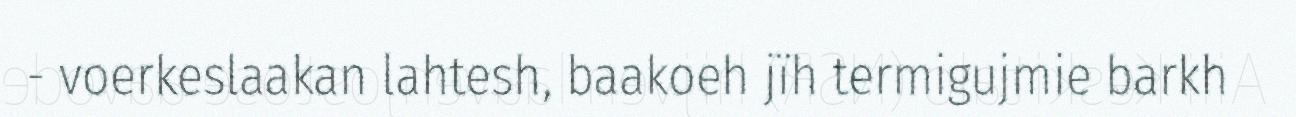
- voerkeslaakan lahtesh, baakoeh jïh termigujmie barkh